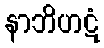
နာဘိဟဋံ